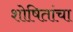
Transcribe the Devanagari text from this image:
शोषितांचा